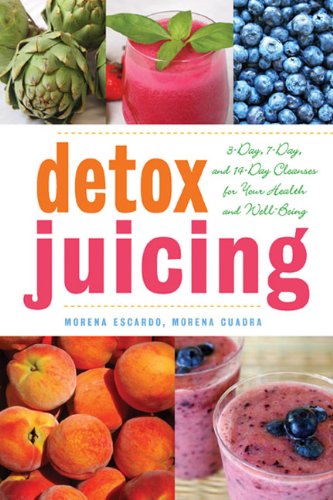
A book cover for Detox Juicing: 3-Day, 7-Day, and 14-Day Cleanses for Your Health and Well-Being; Morena Escardo; Cookbooks, Food & Wine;